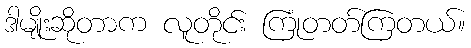
ဒါမျိုးဆိုတာက လူတိုင်း ကြုံတတ်ကြတယ်။